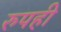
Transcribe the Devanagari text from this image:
रुपही